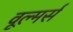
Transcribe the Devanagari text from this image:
वूल्मर्स